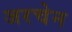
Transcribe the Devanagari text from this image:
जरचेन